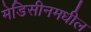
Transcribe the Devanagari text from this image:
मेडिसीनमधील